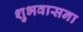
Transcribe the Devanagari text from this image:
शुभवासना